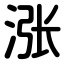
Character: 涨